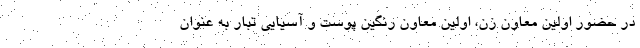
در حضور اولین معاون زن، اولین معاون رنگین پوست و آسیایی تبار به عنوان